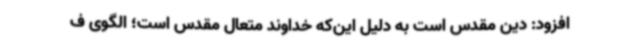
افزود: دین مقدس است به دلیل این‌که خداوند متعال مقدس است؛ الگوی ف